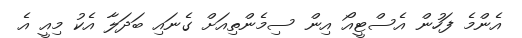
އެންމެ ފަހުން އެސްޓީއޯ އިން ސިމެންތިއަށް ގެނައި ބަދަލާ އެކު މިއީ އެ